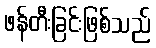
ဖန်တီးခြင်းဖြစ်သည်